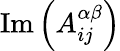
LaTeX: \mathrm{Im}\left(A_{ij}^{\alpha\beta}\right)